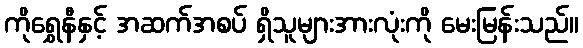
ကိုရွှေနီနှင့် အဆက်အစပ် ရှိသူများအားလုံးကို မေးမြန်းသည်။